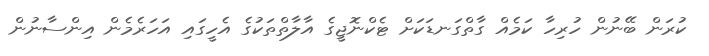
ކުރަން ބޭނުން ހުރިހާ ކަމެއް ގާތްގަނޑަކަށް ޓެކްނޮޖީގެ އާލާތްތަކުގެ އެހީގައި އަހަރެމެން އިންސާނުން